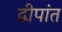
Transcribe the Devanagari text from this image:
द्वीपांत